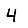
Digit: 4